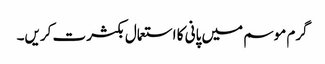
گرم موسم میں پانی کا استعمال بکثرت کریں۔